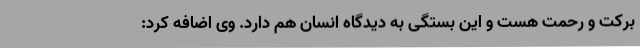
برکت و رحمت هست و این بستگی به دیدگاه انسان هم دارد. وی اضافه کرد: